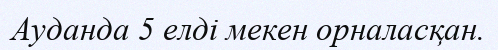
Ауданда 5 елді мекен орналасқан.